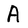
Character: A